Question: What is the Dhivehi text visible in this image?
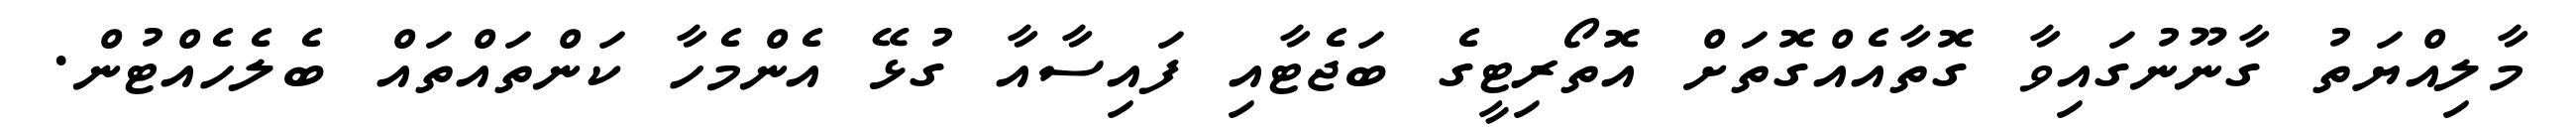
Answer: މާލިއްޔަތު ގާނޫނުގައިވާ ގޮތާއެއްގޮތަށް އޮތޯރިޓީގެ ބަޖެޓާއި ފައިސާއާ ގުޅޭ އެންމެހާ ކަންތައްތައް ބެލެހެއްޓުން.